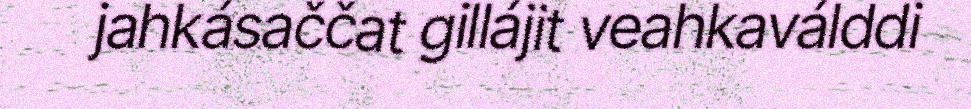
jahkásaččat gillájit veahkaválddi